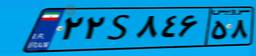
۵۳S۶۵۰۷۵